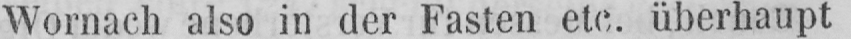
Wornach also in der Fasten etc. überhaupt